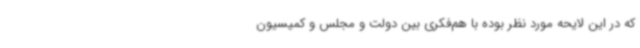
که در این لایحه مورد نظر بوده با هم‌فکری بین دولت و مجلس و کمیسیون